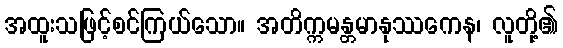
အထူးသဖြင့်စင်ကြယ်သော။ အတိက္ကမန္တမာနုဿကေန၊ လူတို့၏